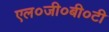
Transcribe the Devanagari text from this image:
एल०जी०बी०टी